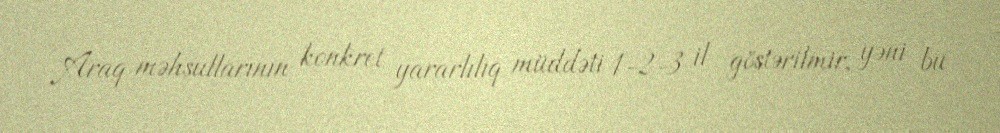
Araq məhsullarının konkret yararlılıq müddəti 1-2-3 il göstərilmir, yəni bu